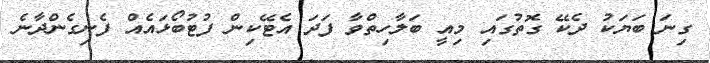
ގިނަ ބަޔަކު ދެކޭ ގޮތުގައި މިއީ ބަލާހިތްވާ ފަދަ އެޓޭކިން ފުޓުބޯޅައެއް ފެނިގެންދާނެ